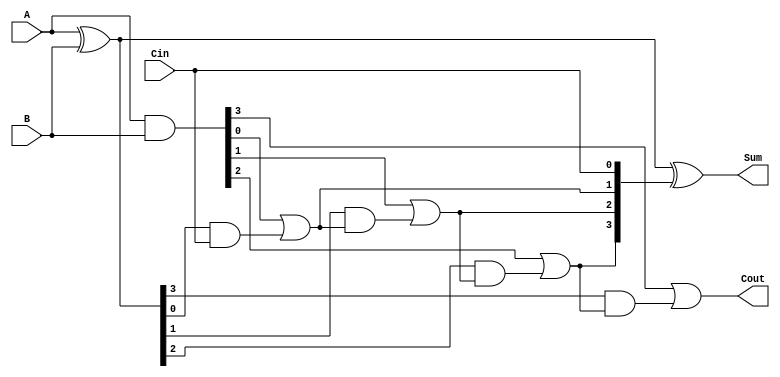
module CILA #(
    parameter N = 4 // Number of bits
)(
    input [N-1:0] A,       // First operand
    input [N-1:0] B,       // Second operand
    input Cin,             // Carry input
    output [N-1:0] Sum,    // Sum output
    output Cout            // Carry output
);
    wire [N-1:0] G;    // Generate signals
    wire [N-1:0] P;    // Propagate signals
    wire [N:0] C;      // Carry signals (N+1 bits)

    // Generate and propagate calculations
    assign G = A & B;             // Generate: G[i] = A[i] & B[i]
    assign P = A ^ B;             // Propagate: P[i] = A[i] ^ B[i]

    // Carry calculations using lookahead logic
    assign C[0] = Cin;            // C[0] = Cin
    genvar i;
    generate
        for (i = 0; i < N; i = i + 1) begin : carry_calc
            assign C[i+1] = G[i] | (P[i] & C[i]); // C[i+1] = G[i] + (P[i] * C[i])
        end
    endgenerate

    // Sum calculations
    assign Sum = P ^ C[N-1:0];    // Sum[i] = P[i] ^ C[i]
    assign Cout = C[N];            // Carry out is the last carry

endmodule